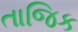
તાજિક